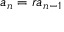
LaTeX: a _ { n } = r a _ { n - 1 }